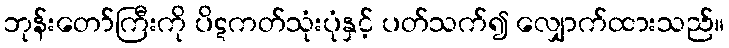
ဘုန်းတော်ကြီးကို ပိဋကတ်သုံးပုံနှင့် ပတ်သက်၍ လျှောက်ထားသည်။